Code of medical and sanitary regulations for the guidance of medical officers serving in the Madras Presidency - Volume II
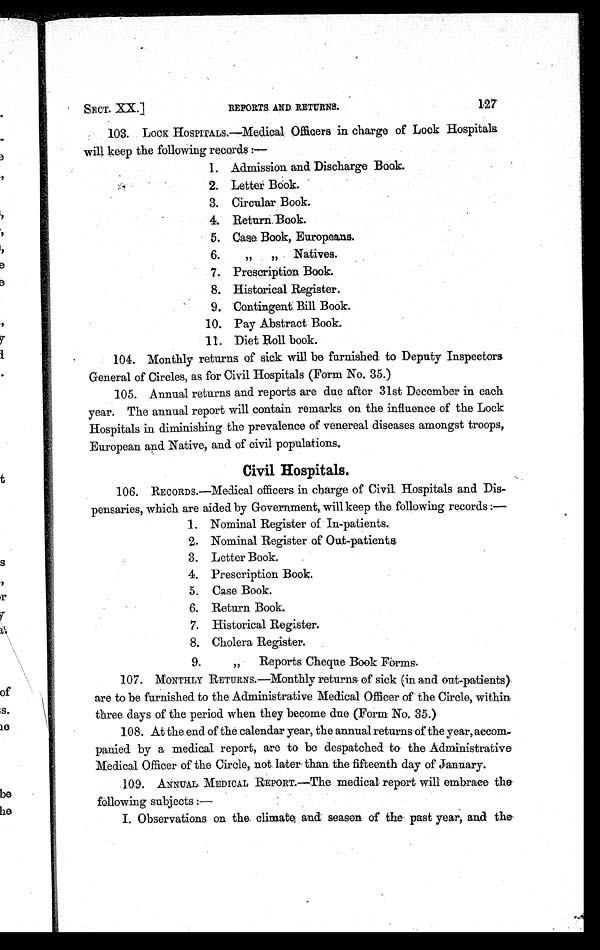
SECT. XX.]
REPORTS AND RETURNS.
127
103. LOCK HOSPITALS.—Medical Officers in charge of Lock Hospitals
will keep the following records :—
1. Admission and Discharge Book.
2. Letter Book.
3. Circular Book.
4. Return Book.
5. Case Book, Europeans.
6. „ „ Natives.
7. Prescription Book.
8. Historical Register.
9. Contingent Bill Book.
10. Pay Abstract Book.
1 1 . D i e t . R o l l b o o k .
104. Monthly returns of sick will be furnished to Deputy Inspectors
General of Circles, as for Civil Hospitals (Form No. 35.)
105. Annual returns and reports are due after 31st December in each
year. The annual report will contain remarks on the influence of the Lock
Hospitals in diminishing the prevalence of venereal diseases amongst troops,
European and Native, and of civil populations.
Civil Hospitals.
106. RECORDS.—Medical officers in charge of Civil, Hospitals and Dis-
pensaries, which are aided by Government, will keep the following records :—
1. Nominal Register of In-patients.
2. Nominal Register of Out-patients.
3. Letter Book.
4. Prescription Book.
5. Case Book.
6. Return Book.
7. Historical Register.
8. Cholera Register.
9.
, , R e p o r t s C h e q u e B o o k F o r m s .
107. MONTHLY RETURNS.—Monthly returns of sick (in and out-patients)
are to be furnished to the Administrative Medical Officer of the Circle, within
three days of the period when they become due (Form No. 35.)
108. At the end of the calendar year, the annual returns of the year, accom-
panied by a medical report, are to be despatched to the Administrative
Medical Officer of the Circle, not later than the fifteenth day of January.
109. ANNUAL MEDICAL REPORT:—The medical report will embrace the
following subjects :—
I. Observations on the climate and season of the past year, and the